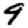
Digit: 9